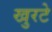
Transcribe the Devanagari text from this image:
खुरटे